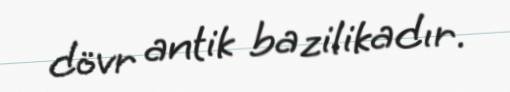
dövr antik bazilikadır.